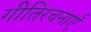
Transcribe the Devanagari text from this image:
गीतिरचनाएँ